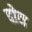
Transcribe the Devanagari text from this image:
दाेन